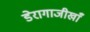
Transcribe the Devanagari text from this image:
डेरागाजीखाँ